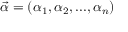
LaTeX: \vec { \alpha } = { ( \alpha _ { 1 } , \alpha _ { 2 } , . . . , \alpha _ { n } ) }